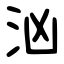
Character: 汹